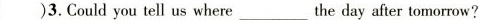
( )3. Could you tell us where___the day after tomorrow?